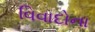
વિવાદોના